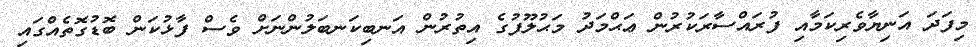
މިފަދަ އަނިޔާވެރިކަމާއި ފުރައްސާރަކުރުން ޢަޙްމަދު މަޙުލޫފުގެ އިތުރުން އަނބިކަނބަލުންނަށް ވެސް ފާޅުކަން ބޮޑުގޮތެއްގައި